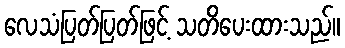
လေသံပြတ်ပြတ်ဖြင့် သတိပေးထားသည်။